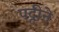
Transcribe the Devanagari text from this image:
पट्टीने